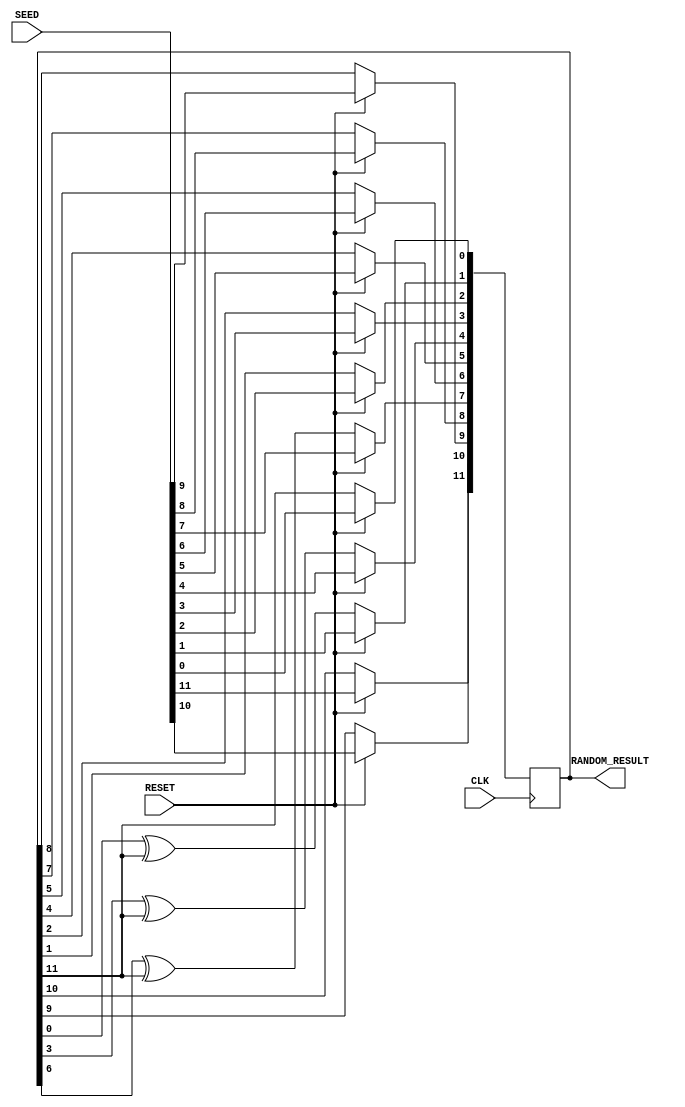
module Random_Generator_12bits(CLK,RESET,SEED,RANDOM_RESULT);
	input CLK;
	input RESET;
	input [11:0]SEED;
	output reg [11:0]RANDOM_RESULT;

	always @(posedge CLK)begin
		if(RESET)begin
			RANDOM_RESULT<=SEED;
		end
		else begin
			RANDOM_RESULT[0]<=RANDOM_RESULT[11];
			RANDOM_RESULT[1]<=RANDOM_RESULT[0]^RANDOM_RESULT[11];
			RANDOM_RESULT[2]<=RANDOM_RESULT[1];
			RANDOM_RESULT[3]<=RANDOM_RESULT[2];
			RANDOM_RESULT[4]<=RANDOM_RESULT[3]^RANDOM_RESULT[11];
			RANDOM_RESULT[5]<=RANDOM_RESULT[4];
			RANDOM_RESULT[6]<=RANDOM_RESULT[5];
			RANDOM_RESULT[7]<=RANDOM_RESULT[6]^RANDOM_RESULT[11];
			RANDOM_RESULT[8]<=RANDOM_RESULT[7];
			RANDOM_RESULT[9]<=RANDOM_RESULT[8];
			RANDOM_RESULT[10]<=RANDOM_RESULT[9];
			RANDOM_RESULT[11]<=RANDOM_RESULT[10];
		end
	end
endmodule